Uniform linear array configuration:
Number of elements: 4
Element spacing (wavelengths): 0.75
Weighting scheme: hann
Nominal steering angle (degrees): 45
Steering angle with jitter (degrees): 44.554
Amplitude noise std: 0.05
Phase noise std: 0.05

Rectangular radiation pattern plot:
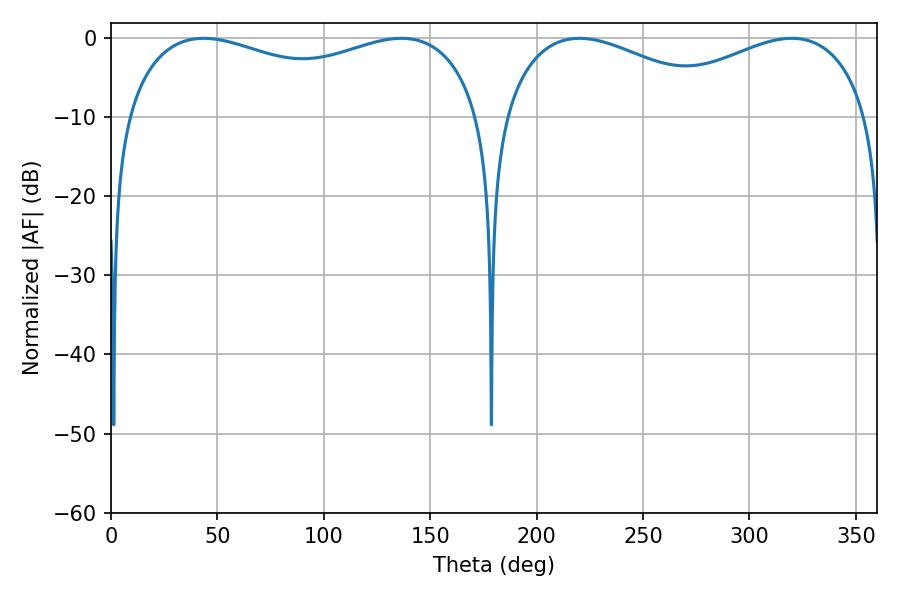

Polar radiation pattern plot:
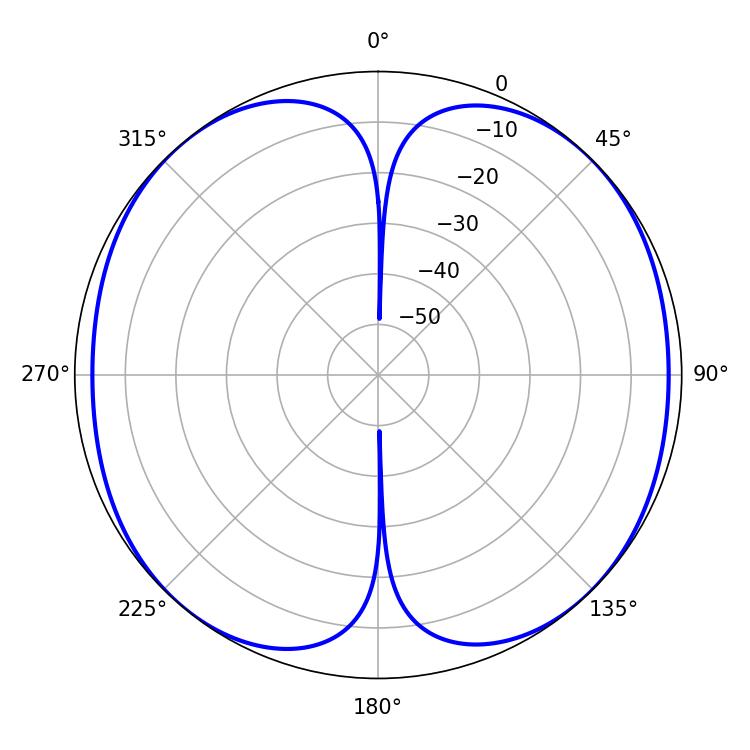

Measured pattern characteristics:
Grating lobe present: TRUE
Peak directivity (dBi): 13.37
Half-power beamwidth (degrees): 59.58
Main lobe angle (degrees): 220.14